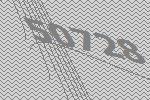
50728